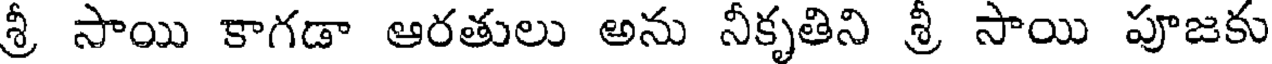
శ్రీ సాయి కాగడా ఆరతులు అను నీకృతిని శ్రీ సాయి పూజకు